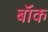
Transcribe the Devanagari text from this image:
बॉंक